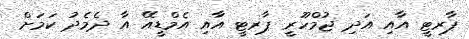
ޕާރޓީ އާއި އަދި ޖުމްހޫރީ ޕާރޓީ އާއި އެމްޑީއޭ އާ ދެމެދު ކަމަށް